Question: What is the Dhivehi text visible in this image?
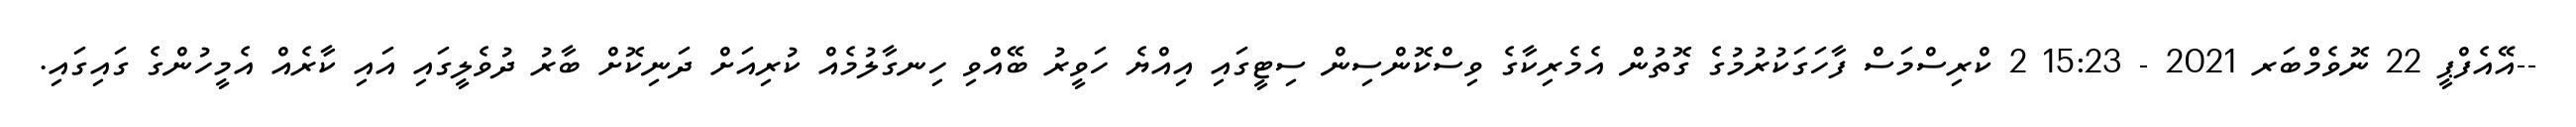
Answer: --އޭއެފްޕީ 22 ނޮވެމްބަރ 2021 - 15:23 2 ކްރިސްމަސް ފާހަގަކުރުމުގެ ގޮތުން އެމެރިކާގެ ވިސްކޮންސިން ސިޓީގައި އިއްޔެ ހަވީރު ބޭއްވި ހިނގާލުމެއް ކުރިއަށް ދަނިކޮށް ބާރު ދުވެލީގައި އައި ކާރެއް އެމީހުންގެ ގައިގައި.